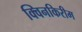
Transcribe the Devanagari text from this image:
क्विनकिरीम